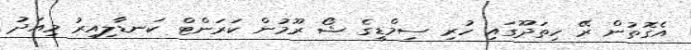
އެގޮތުން ރޭ ހިތަދޫގައި ހުރި ސިމްޑީގެ ޝޯ ރޫމުން ކަރަންޓް ކަނޑާލިއިރު މިއަދު